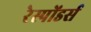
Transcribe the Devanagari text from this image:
रेस्पोंडर्स